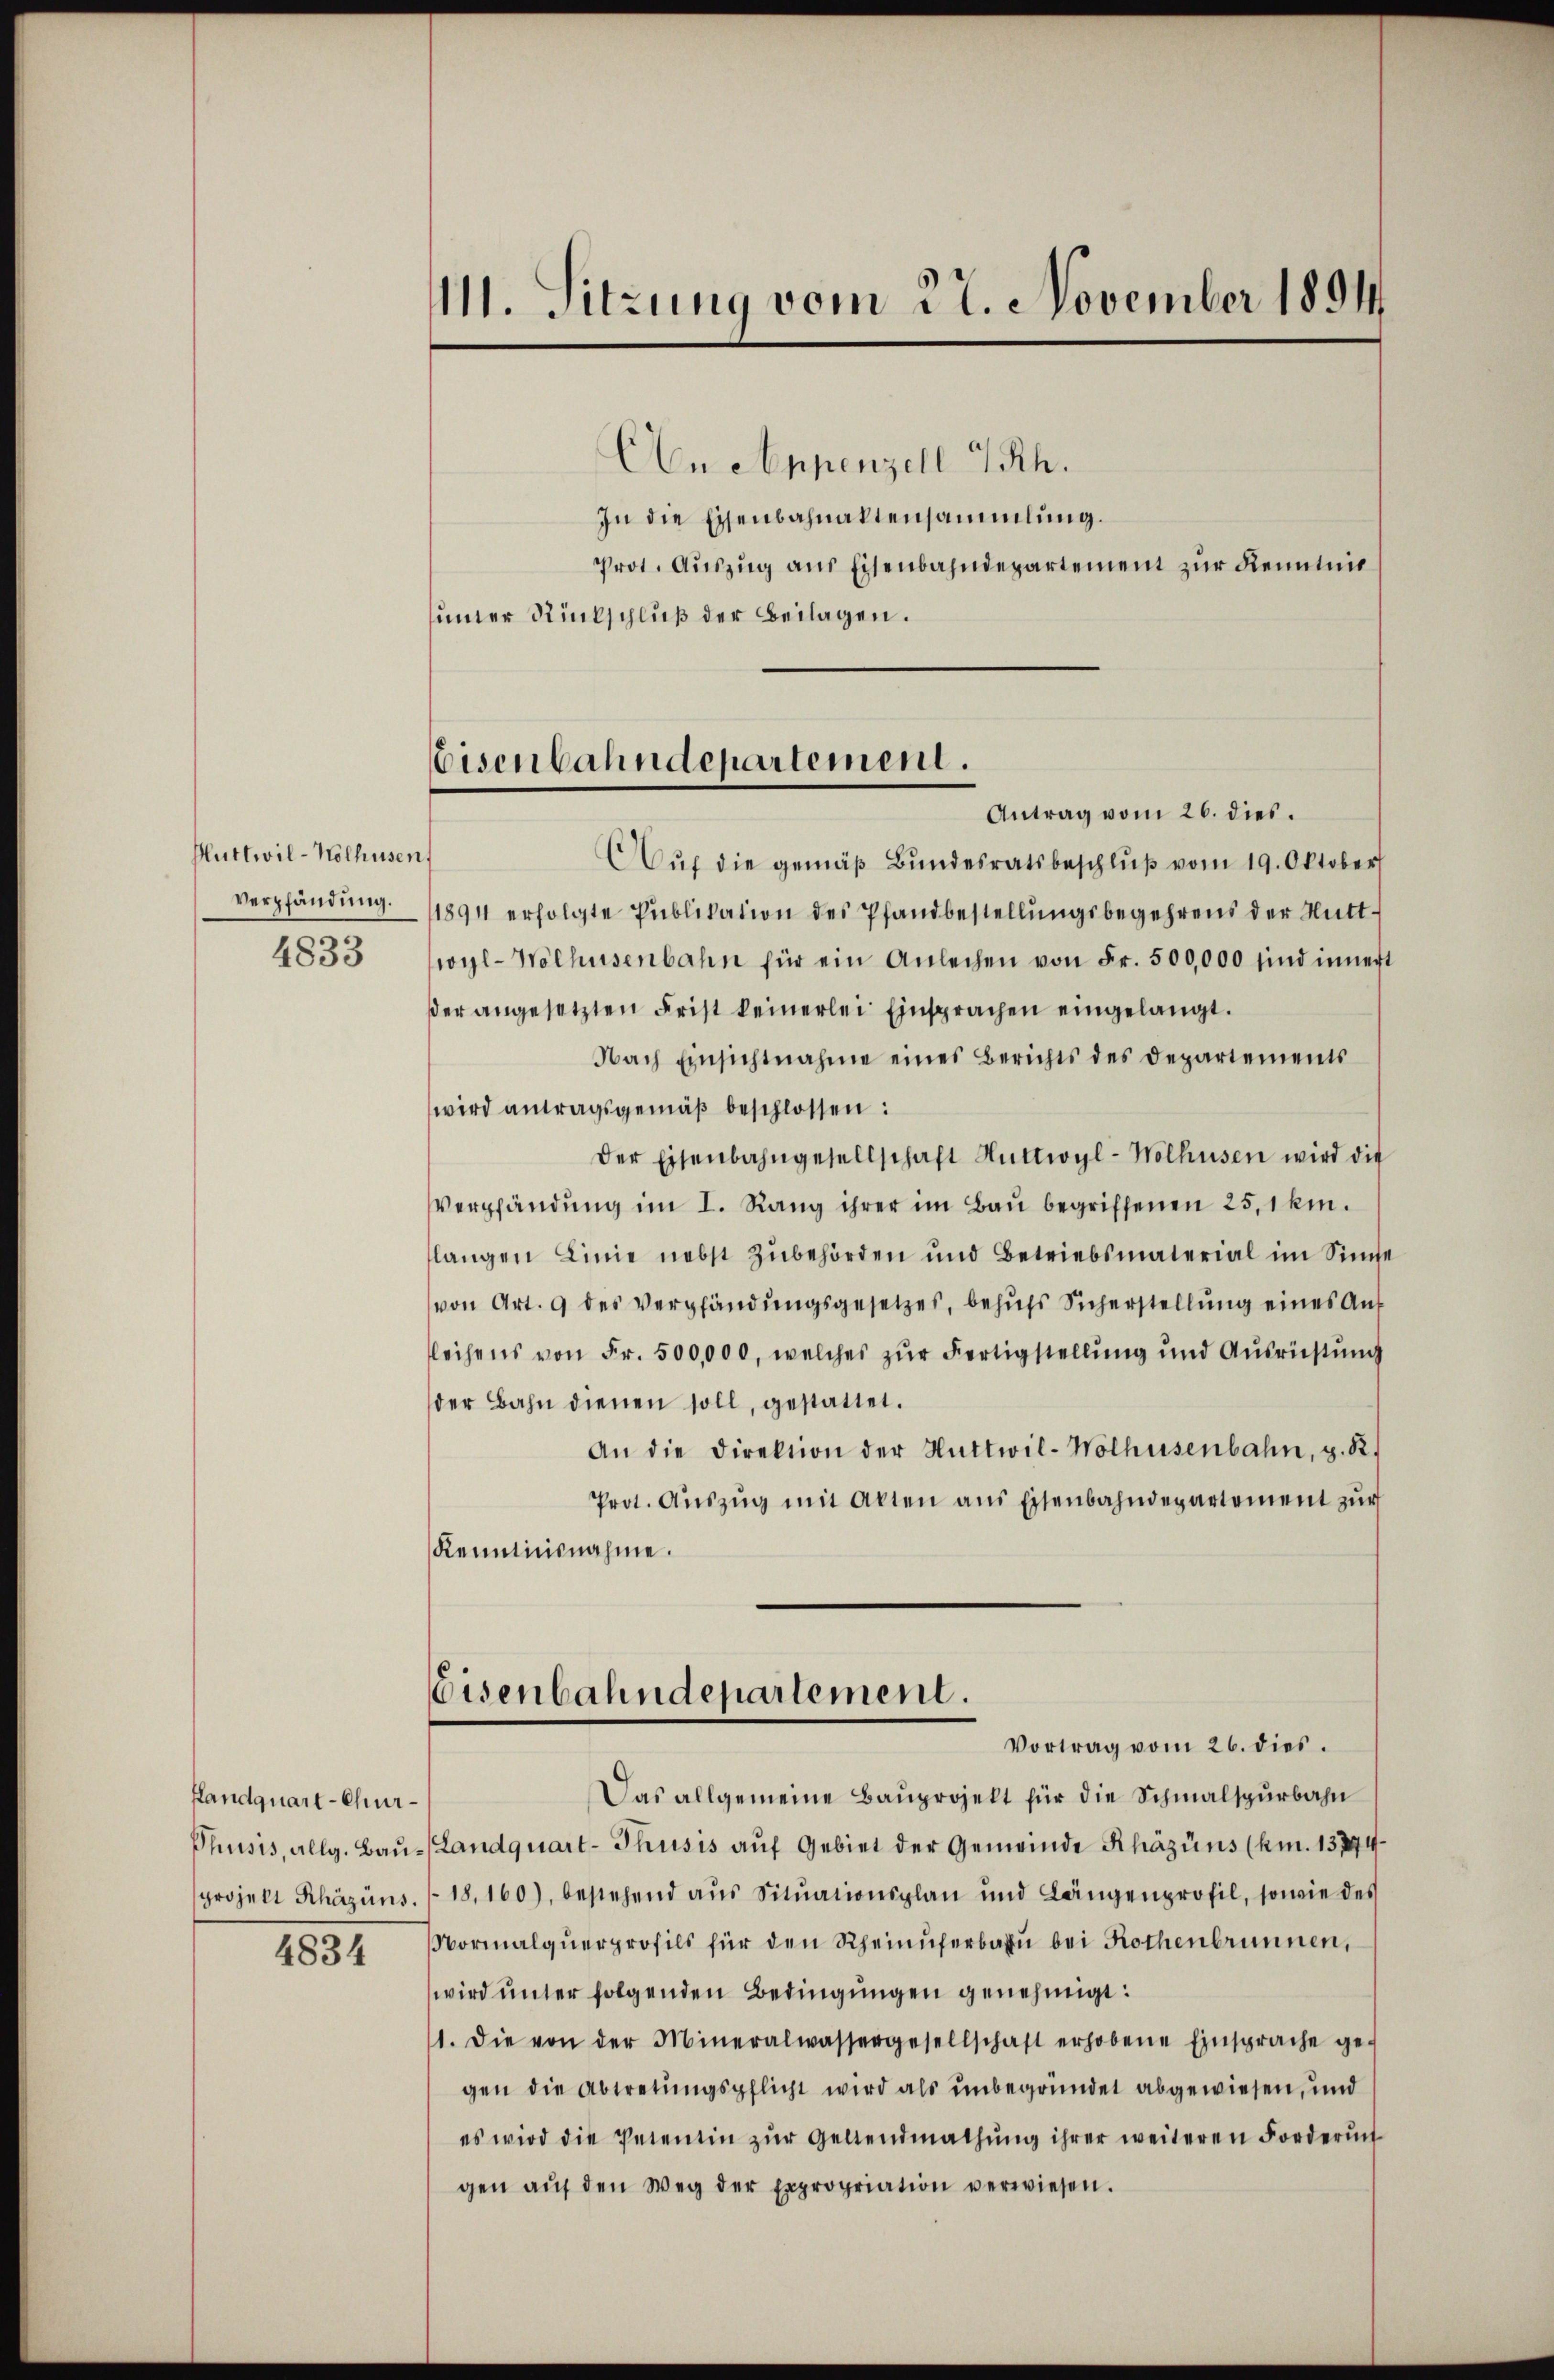
Huttwil-Nolhusen,
Verpfändung.
4833

Landquart-Chur¬
4834

111. Sitzung vom 27. November 1891

An Appenzell I/Rh.
In die Eisenbahnaktensammlung.
Prot. Auszug aus Eisenbahndepartement zur Kenntnis
uner Rückschluß der Beilagen.
Auf die gemäß Bundesratsbeschluß vom 19. Oktober
1894 erfolgte Publikation des Pfandbestellungsbegehrens der Wittwoyl-Wolhusenbahn für ein Anleihen von Fr. 500,000 sind innert
er angesetzten Frist keinerlei Einsprachen eingelangt.
Nach Einsichtnahme eines Berichts des Departements
wird antragsgemäß beschlossen:
Der Eisenbahngesellschaft Huttwyl-Wolhusen wird die
Verpfändung im I. Rang ihrer im Bau begriffenen 25,1 km.
langen Linie nebst Zubehörden und Betriebsmaterial im Sinne
von Art. 9 des Verpfändungsgesetzes, behŭfs Sicherstellŭng eines Auf
leihens von Fr. 500,000, welches zur Fertigstellung und Ausrüstung
der Bahn dienen soll, gestattet.
An die Direktion der Huttwil-Wolhusenbahn, z. R.
Prot. Aŭszŭg mit Akten aus Eisenbahndepartement zur
Kenntnisnahme.
Eisenbahndepartement.
Vortrag vom 26. dies.
Das allgemeine Bauprojekt für die Schmalspurbahn
Phusis, allg. Baŭ-Landquart-Thusis aŭf Gebiet der Gemeinde Khäzüns (km. 13244
projekt Khäzüns (18,160), bestehend aŭs Sitŭationsplan und Längenprofil, sowie des
Normalquerprofils für den Rheinuferbahn bei Rothenbrunnen,
wird unter folgenden Bedingungen genehmigt:
1. Die von der Mineralwassergesellschaft erhobene Einsprache ge-
gen die Abtretungspflicht wird als unbegründet abgewiesen, und
es wird die Petentin zŭr Geltendmathŭng ihrer weiteren Forderŭn
gen aŭf den Weg der Expropriation verwiesen.

Eisenbahndepartement.
Antrag vom 26. dies.